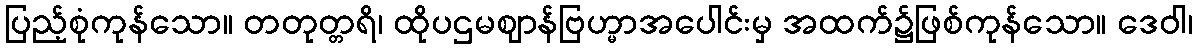
ပြည့်စုံကုန်သော။ တတုတ္တရိ၊ ထိုပဌမဈာန်ဗြဟ္မာအပေါင်းမှ အထက်၌ဖြစ်ကုန်သော။ ဒေဝါ၊